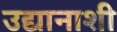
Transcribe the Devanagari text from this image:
उद्यानाशी